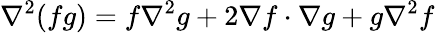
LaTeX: \nabla^{2}(fg)=f\nabla^{2}g+2\nabla f\cdot\nabla g+g\nabla^{2}f